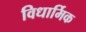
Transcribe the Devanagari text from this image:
विधार्मिक